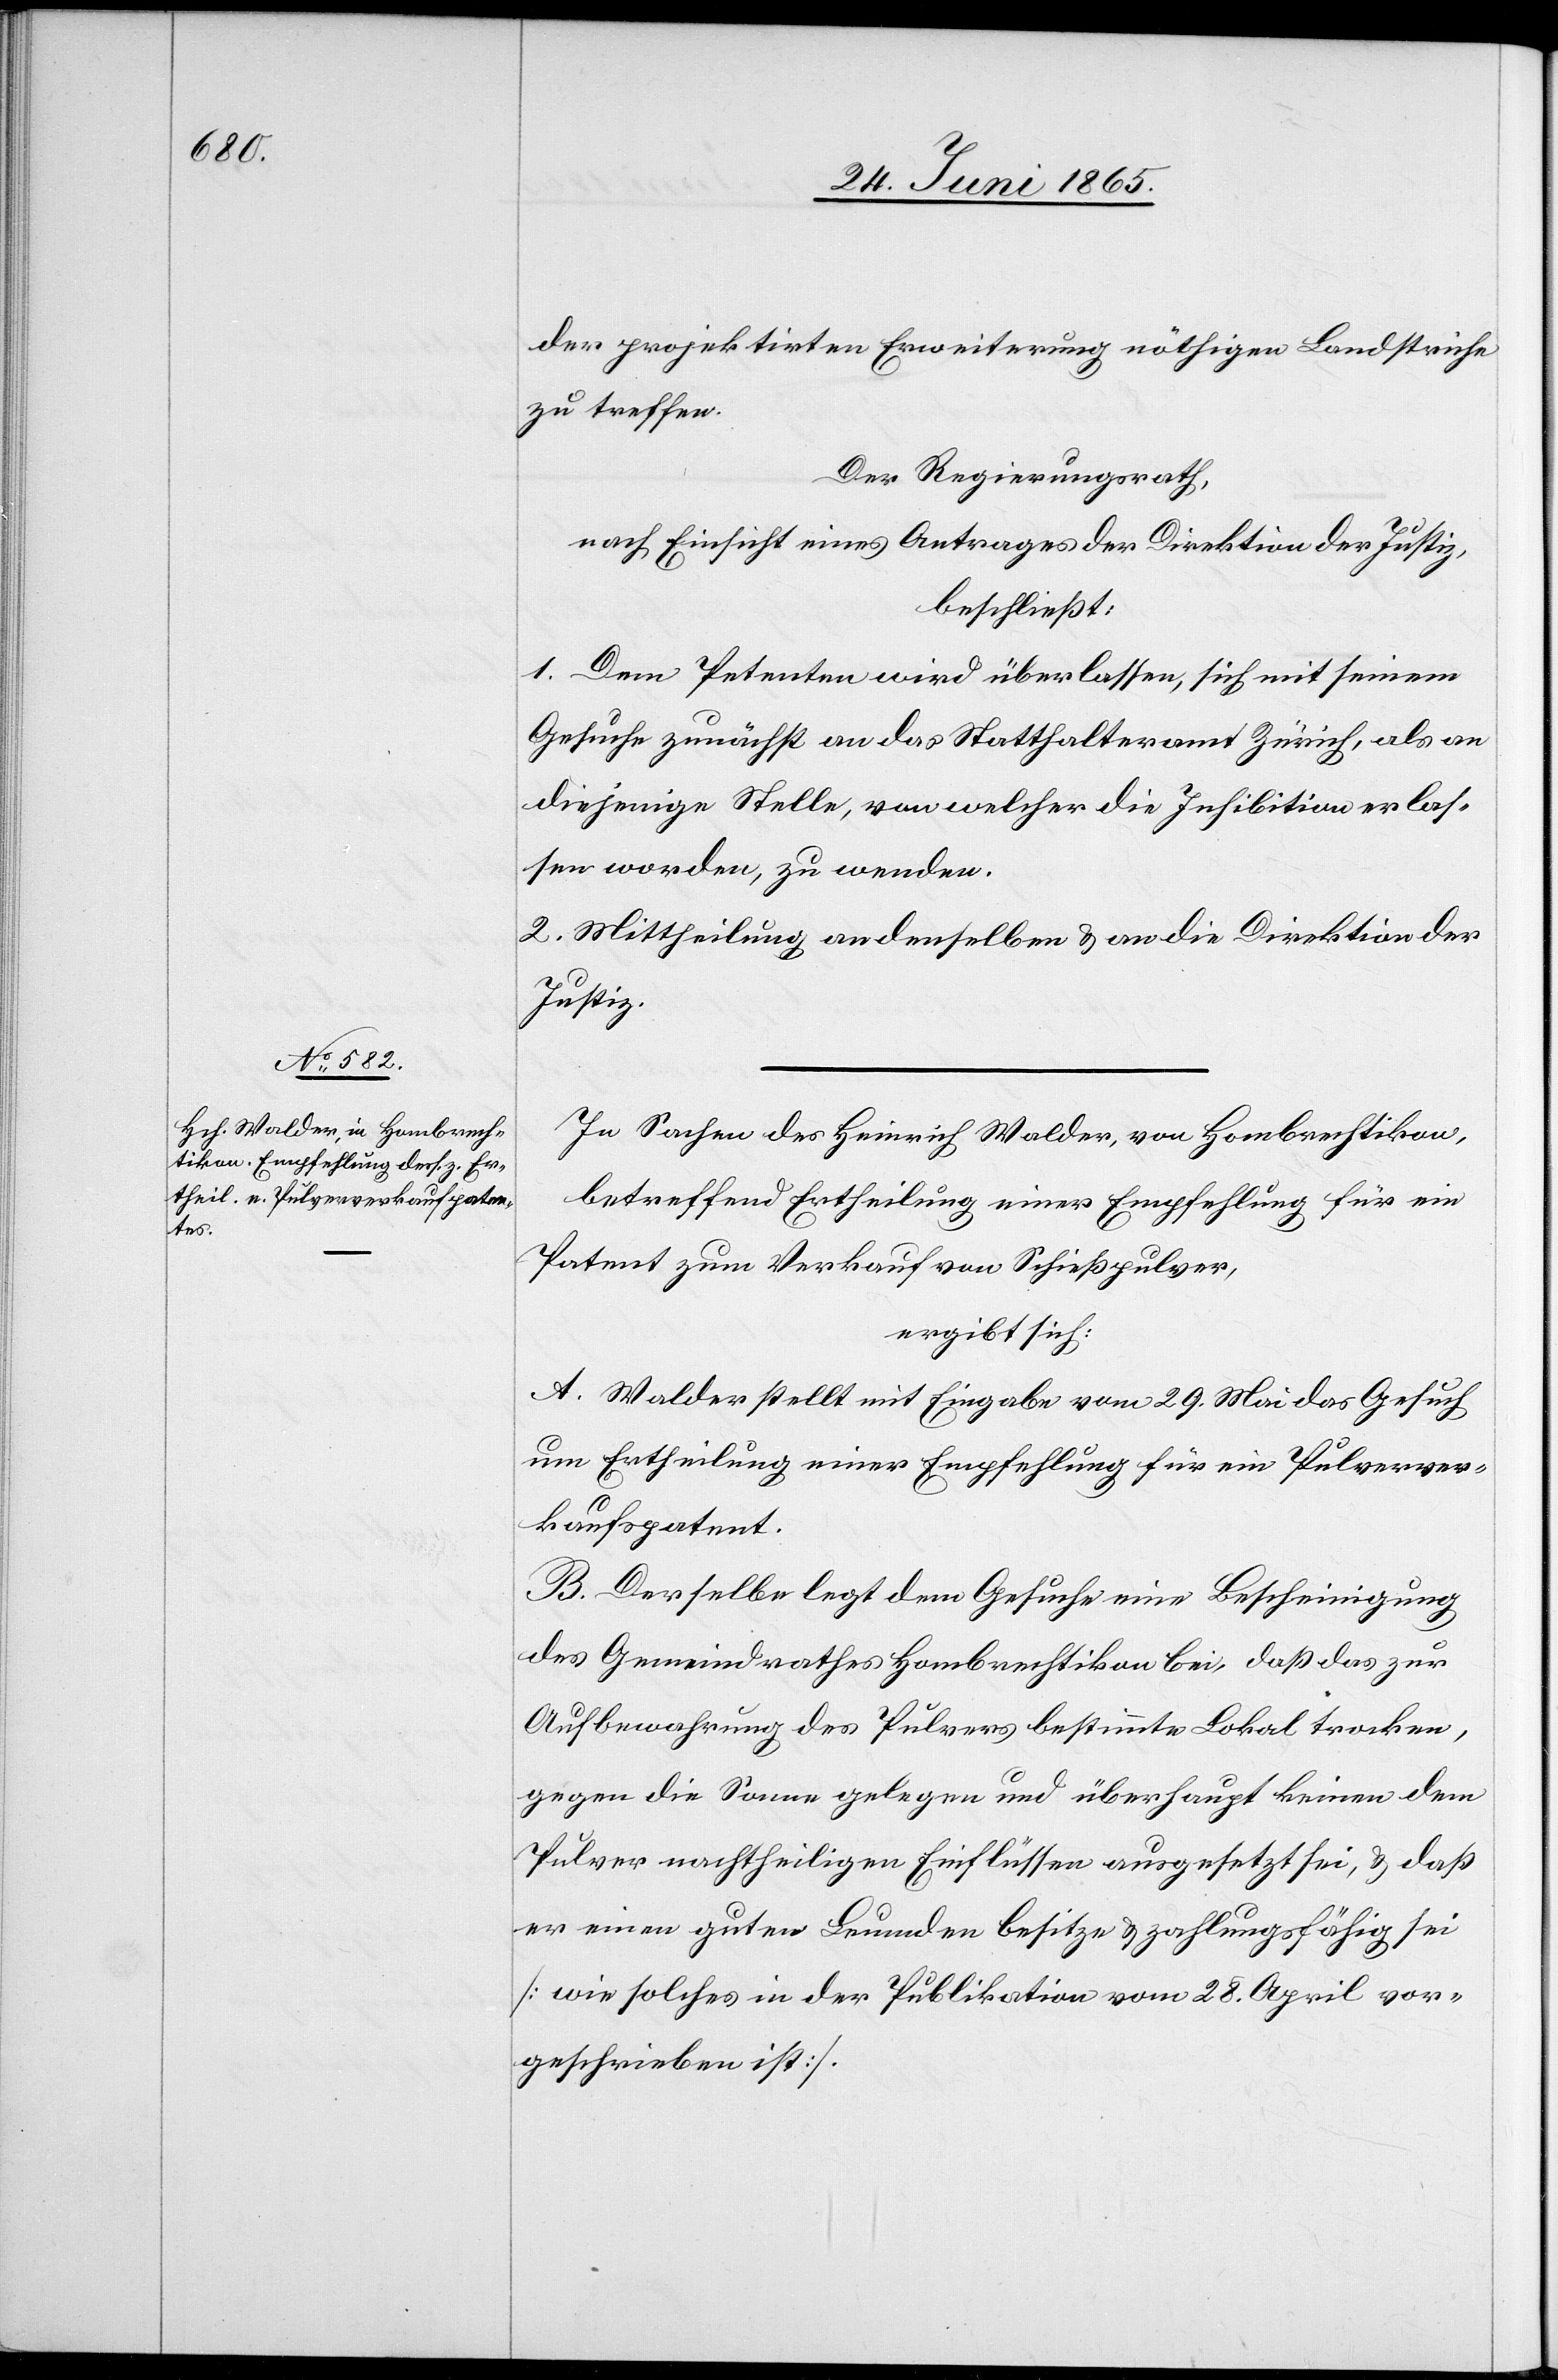
der projektirten Erweiterung nöthigen Landstriche
zu treffen.
Der Regierungsrath,
nach Einsicht eines Antrages der Direktion der Justiz,
beschließt:
1. Dem Petenten wird überlassen, sich mit seinem
Gesuche zunächst an das Statthalteramt Zürich, als an
diejenige Stelle, von welcher die Inhibition erlas¬
sen worden, zu wenden.
2. Mittheilung an denselben & an die Direktion der
Justiz.
In Sachen des Heinrich Walder, von Hombrechtikon,
betreffend Ertheilung einer Empfehlung für ein
Patent zum Verkauf von Schießpulver,
ergibt sich:
A. Walder stellt mit Eingabe vom 29. Mai das Gesuch
um Ertheilung einer Empfehlung für ein Pulverver¬
kaufspatent.
B. Derselbe legt dem Gesuche eine Bescheinigung
des Gemeindrathes Hombrechtikon bei, daß das zur
Aufbewahrung des Pulvers bestimmte Lokal trocken,
gegen die Sonne gelegen und überhaupt keinen dem
Pulver nachtheiligen Einflüssen ausgesetzt sei, & daß
er einen guten Leumden besitze & zahlungsfähig sei
[wie solches in der Publikation vom 28. April vor¬
geschrieben ist]